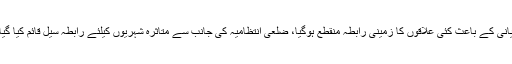
اس کے علاوہ پنجگور میں موسلادھار بارش کے باعث نشیبی علاقے زیر آب آگئے، ندی نالوں میں طغیانی کے باعث کئی علاقوں کا زمینی رابطہ منقطع ہوگیا، ضلعی انتظامیہ کی جانب سے متاثرہ شہریوں کیلئے رابطہ سیل قائم کیا گیا ہے، ڈپٹی کمشنر پنجگور نے بارشوں کے پیش نظرلوگوں کو سفر کرنے سے گریز کی ہدایت کی ہے۔